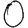
Digit: 0